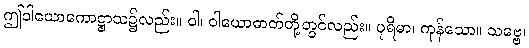
ဤဝါယောကောဋ္ဌာသ၌လည်း။ ဝါ၊ ဝါယောဓာတ်တို့တွင်လည်း။ ပုရိမာ၊ ကုန်သော။ သဗ္ဗေ၊